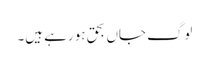
لوگ جاں بحق ہو رہے ہیں۔